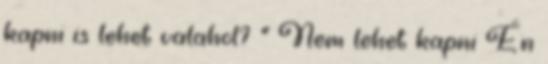
kapni is lehet valahol? " Nem lehet kapni Én